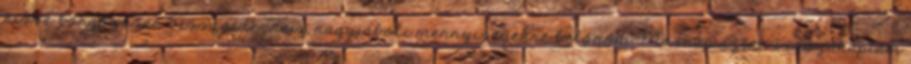
kissé borgőzösen visszaidéznem, nagyjábóli mennyiségekre belőnöm. Másnap aztán visszakaptam